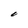
Character: l